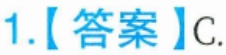
1.【答案】C.